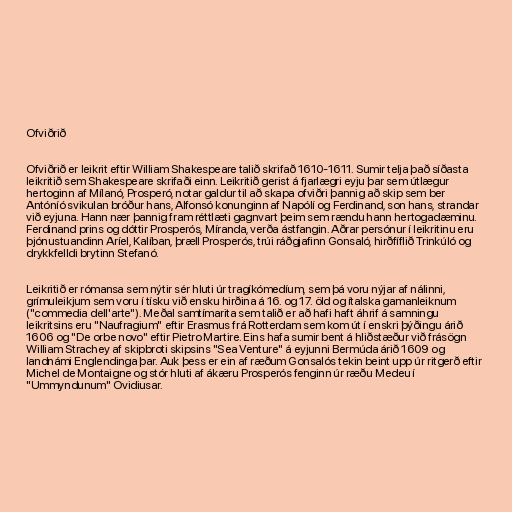
Ofviðrið

Ofviðrið er leikrit eftir William Shakespeare talið skrifað 1610-1611. Sumir telja það síðasta
leikritið sem Shakespeare skrifaði einn. Leikritið gerist á fjarlægri eyju þar sem útlægur
hertoginn af Mílanó, Prosperó, notar galdur til að skapa ofviðri þannig að skip sem ber
Antóníó svikulan bróður hans, Alfonsó konunginn af Napólí og Ferdinand, son hans, strandar
við eyjuna. Hann nær þannig fram réttlæti gagnvart þeim sem rændu hann hertogadæminu.
Ferdinand prins og dóttir Prosperós, Míranda, verða ástfangin. Aðrar persónur í leikritinu eru
þjónustuandinn Aríel, Kalíban, þræll Prosperós, trúi ráðgjafinn Gonsaló, hirðfíflið Trinkúló og
drykkfelldi brytinn Stefanó.

Leikritið er rómansa sem nýtir sér hluti úr tragíkómedíum, sem þá voru nýjar af nálinni,
grímuleikjum sem voru í tísku við ensku hirðina á 16. og 17. öld og ítalska gamanleiknum
("commedia dell'arte"). Meðal samtímarita sem talið er að hafi haft áhrif á samningu
leikritsins eru "Naufragium" eftir Erasmus frá Rotterdam sem kom út í enskri þýðingu árið
1606 og "De orbe novo" eftir Pietro Martire. Eins hafa sumir bent á hliðstæður við frásögn
William Strachey af skipbroti skipsins "Sea Venture" á eyjunni Bermúda árið 1609 og
landnámi Englendinga þar. Auk þess er ein af ræðum Gonsalós tekin beint upp úr ritgerð eftir
Michel de Montaigne og stór hluti af ákæru Prosperós fenginn úr ræðu Medeu í
"Ummyndunum" Ovidiusar.